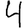
Digit: 4